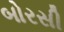
બોરસી